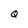
Character: Q